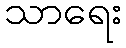
သာရေး